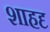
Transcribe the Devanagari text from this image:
शाहदृ